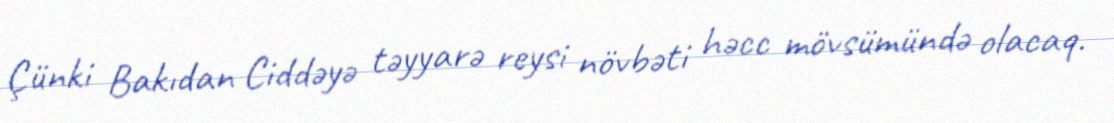
Çünki Bakıdan Ciddəyə təyyarə reysi növbəti həcc mövsümündə olacaq.